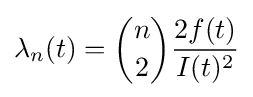
\lambda _{n}(t)={n \choose 2}{\frac {2f(t)}{I(t)^{2}}}